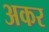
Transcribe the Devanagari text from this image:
अकर